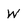
Character: W